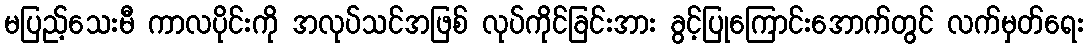
မပြည့်သေးမီ ကာလပိုင်းကို အလုပ်သင်အဖြစ် လုပ်ကိုင်ခြင်းအား ခွင့်ပြုကြောင်းအောက်တွင် လက်မှတ်ရေး